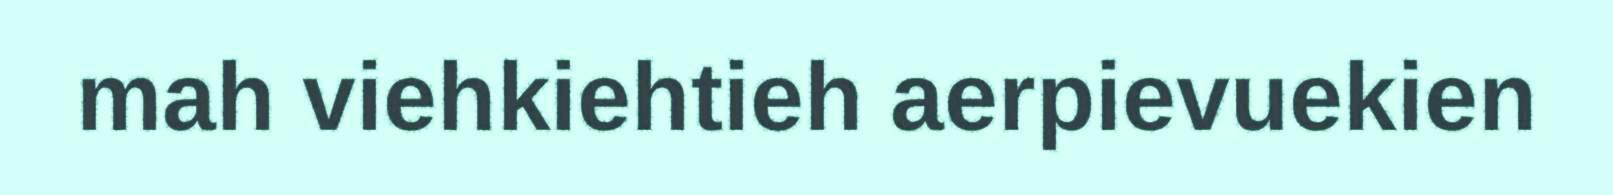
mah viehkiehtieh aerpievuekien